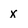
Character: x